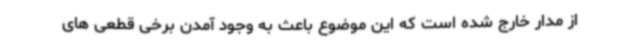
از مدار خارج شده است که این موضوع باعث به وجود آمدن برخی قطعی های